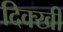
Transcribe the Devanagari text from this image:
दिक्खी